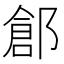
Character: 𨜾